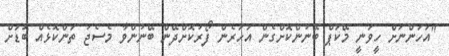
"އަހަންނަށް ހީވަނީ މޭކަޕް ބޭނުންކޮށްގެން އަހަރެން ފޯރުކޮށްދޭން ބޭނުންވާ މެސެޖު ތަންކޮޅެއް ބޮޑަށް